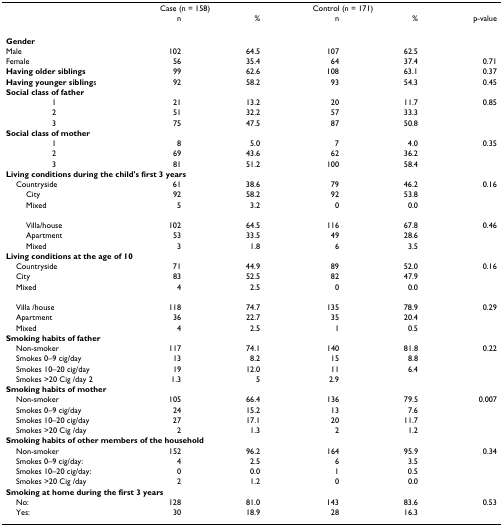
<table><thead><tr><td></td><td colspan="2"><b>Case (n = 158)</b></td><td colspan="2"><b>Control (n = 171)</b></td><td></td></tr><tr><td></td><td><b>n</b></td><td><b>%</b></td><td><b>n</b></td><td><b>%</b></td><td><b>p-value</b></td></tr></thead><tbody><tr><td><b>Gender</b></td><td></td><td></td><td></td><td></td><td></td></tr><tr><td>Male</td><td>102</td><td>64.5</td><td>107</td><td>62.5</td><td></td></tr><tr><td>Female</td><td>56</td><td>35.4</td><td>64</td><td>37.4</td><td>0.71</td></tr><tr><td><b>Having older siblings</b></td><td>99</td><td>62.6</td><td>108</td><td>63.1</td><td>0.37</td></tr><tr><td><b>Having younger sibling</b>s</td><td>92</td><td>58.2</td><td>93</td><td>54.3</td><td>0.45</td></tr><tr><td><b>Social class of father</b></td><td></td><td></td><td></td><td></td><td></td></tr><tr><td>1</td><td>21</td><td>13.2</td><td>20</td><td>11.7</td><td>0.85</td></tr><tr><td>2</td><td>51</td><td>32.2</td><td>57</td><td>33.3</td><td></td></tr><tr><td>3</td><td>75</td><td>47.5</td><td>87</td><td>50.8</td><td></td></tr><tr><td><b>Social class of mother</b></td><td></td><td></td><td></td><td></td><td></td></tr><tr><td>1</td><td>8</td><td>5.0</td><td>7</td><td>4.0</td><td>0.35</td></tr><tr><td>2</td><td>69</td><td>43.6</td><td>62</td><td>36.2</td><td></td></tr><tr><td>3</td><td>81</td><td>51.2</td><td>100</td><td>58.4</td><td></td></tr><tr><td colspan="6"><b>Living conditions during the child&#x27;s first 3 years</b></td></tr><tr><td> Countryside</td><td>61</td><td>38.6</td><td>79</td><td>46.2</td><td>0.16</td></tr><tr><td>City</td><td>92</td><td>58.2</td><td>92</td><td>53.8</td><td></td></tr><tr><td>Mixed</td><td>5</td><td>3.2</td><td>0</td><td>0.0</td><td></td></tr><tr><td>Villa/house</td><td>102</td><td>64.5</td><td>116</td><td>67.8</td><td>0.46</td></tr><tr><td>Apartment</td><td>53</td><td>33.5</td><td>49</td><td>28.6</td><td></td></tr><tr><td>Mixed</td><td>3</td><td>1.8</td><td>6</td><td>3.5</td><td></td></tr><tr><td colspan="6"><b>Living conditions at the age of 10</b></td></tr><tr><td> Countryside</td><td>71</td><td>44.9</td><td>89</td><td>52.0</td><td>0.16</td></tr><tr><td> City</td><td>83</td><td>52.5</td><td>82</td><td>47.9</td><td></td></tr><tr><td> Mixed</td><td>4</td><td>2.5</td><td>0</td><td>0.0</td><td></td></tr><tr><td> Villa /house</td><td>118</td><td>74.7</td><td>135</td><td>78.9</td><td>0.29</td></tr><tr><td> Apartment</td><td>36</td><td>22.7</td><td>35</td><td>20.4</td><td></td></tr><tr><td> Mixed</td><td>4</td><td>2.5</td><td>1</td><td>0.5</td><td></td></tr><tr><td colspan="6"><b>Smoking habits of father</b></td></tr><tr><td> Non-smoker</td><td>117</td><td>74.1</td><td>140</td><td>81.8</td><td>0.22</td></tr><tr><td> Smokes 0–9 cig/day</td><td>13</td><td>8.2</td><td>15</td><td>8.8</td><td></td></tr><tr><td> Smokes 10–20 cig/day</td><td>19</td><td>12.0</td><td>11</td><td>6.4</td><td></td></tr><tr><td> Smokes &gt;20 Cig /day 2</td><td>1.3</td><td>5</td><td>2.9</td><td></td><td></td></tr><tr><td colspan="6"><b>Smoking habits of mother</b></td></tr><tr><td> Non-smoker</td><td>105</td><td>66.4</td><td>136</td><td>79.5</td><td>0.007</td></tr><tr><td> Smokes 0–9 cig/day</td><td>24</td><td>15.2</td><td>13</td><td>7.6</td><td></td></tr><tr><td> Smokes 10–20 cig/day</td><td>27</td><td>17.1</td><td>20</td><td>11.7</td><td></td></tr><tr><td> Smokes &gt;20 Cig /day</td><td>2</td><td>1.3</td><td>2</td><td>1.2</td><td></td></tr><tr><td colspan="6"><b>Smoking habits of other members of the household</b></td></tr><tr><td> Non-smoker</td><td>152</td><td>96.2</td><td>164</td><td>95.9</td><td>0.34</td></tr><tr><td> Smokes 0–9 cig/day:</td><td>4</td><td>2.5</td><td>6</td><td>3.5</td><td></td></tr><tr><td> Smokes 10–20 cig/day:</td><td>0</td><td>0.0</td><td>1</td><td>0.5</td><td></td></tr><tr><td> Smokes &gt;20 Cig /day</td><td>2</td><td>1.2</td><td>0</td><td>0.0</td><td></td></tr><tr><td colspan="6"><b>Smoking at home during the first 3 years</b></td></tr><tr><td> No:</td><td>128</td><td>81.0</td><td>143</td><td>83.6</td><td>0.53</td></tr><tr><td> Yes:</td><td>30</td><td>18.9</td><td>28</td><td>16.3</td><td></td></tr></tbody></table>